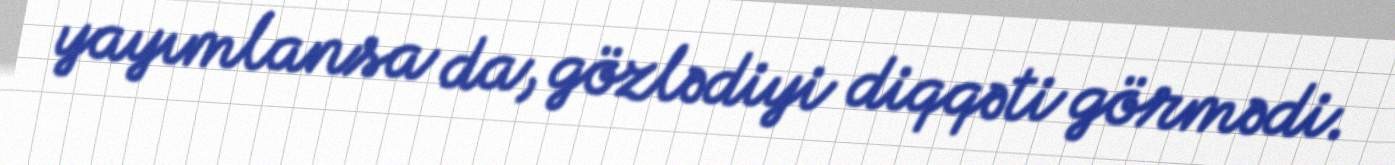
yayımlansa da, gözlədiyi diqqəti görmədi.